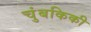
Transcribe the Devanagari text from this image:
चुंबकिकी